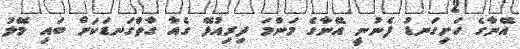
އޭނާގެ ހަށިގަނޑު ފެނުނީ އޭނާގެ މަންމަ ދިރިއުޅޭ ގެއާ ގާތްގަނޑަކަށް ބައި މޭލު